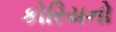
કોરિયનો